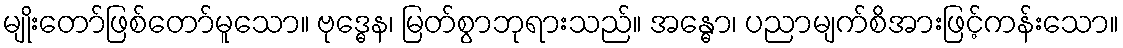
မျိုးတော်ဖြစ်တော်မူသော။ ဗုဒ္ဓေန၊ မြတ်စွာဘုရားသည်။ အန္ဓော၊ ပညာမျက်စိအားဖြင့်ကန်းသော။